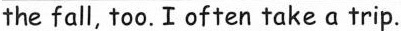
the fall, too. I often takea trip.